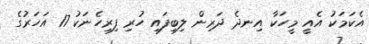
އެކަމަކު އެއީ މީހަކާ އިނދެ ދަރިން ލިބިފައި ހުރި ފިރިހެނަކު 17 އަހަރުގެ